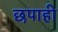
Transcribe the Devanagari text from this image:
छपाही